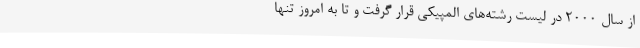
از سال ۲۰۰۰ در لیست رشته‌های المپیکی قرار گرفت و تا به امروز تنها